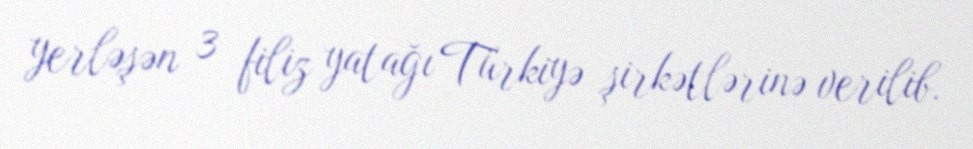
yerləşən 3 filiz yatağı Türkiyə şirkətlərinə verilib.